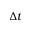
\Delta t